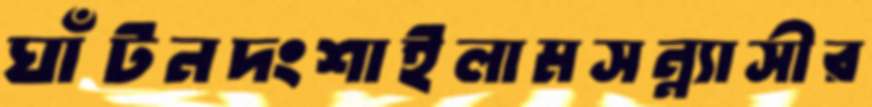
ঘাঁটনদংশাইলামসন্ন্যাসীর